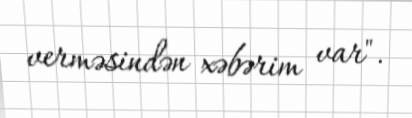
verməsindən xəbərim var".